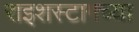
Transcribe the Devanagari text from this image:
राइशस्टागच्या